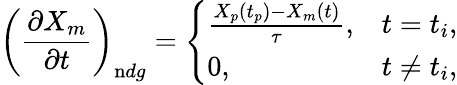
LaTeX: \left(\frac{\partial X_{m}}{\partial t}\right)_{\mathrm{n}dg}=\left\{ \begin{array}{ll}{\frac{X_{p}\left(t_{p}\right)-X_{m}(t)}{\tau},}&{t=t_{i},}\\ {0,}&{t\neq t_{i},}\end{array}\right.